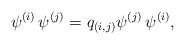
LaTeX: \begin{align*}\psi^{(i)} \, \psi^{(j)} = q_{(i,j)} \psi^{(j)} \, \psi^{(i)}, \end{align*}